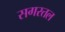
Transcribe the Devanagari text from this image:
सगरतल